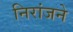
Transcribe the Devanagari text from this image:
निरांजने